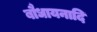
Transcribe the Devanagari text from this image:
बौधायनादि